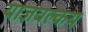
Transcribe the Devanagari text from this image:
याज्ञवल्कय